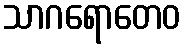
သာဂရောတေဝ